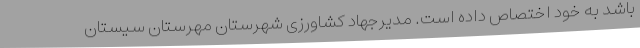
باشد به خود اختصاص داده است. مدیرجهاد کشاورزی شهرستان مهرستان سیستان